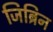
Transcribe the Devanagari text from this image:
जिब्रिन